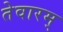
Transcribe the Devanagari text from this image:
तेवारम्‌